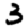
Digit: 3